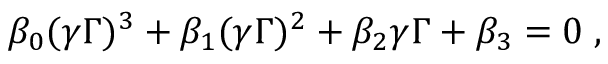
\beta _ { 0 } ( \gamma \Gamma ) ^ { 3 } + \beta _ { 1 } ( \gamma \Gamma ) ^ { 2 } + \beta _ { 2 } \gamma \Gamma + \beta _ { 3 } = 0 \; ,